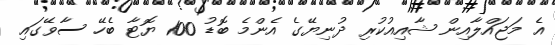
އެ މަޖައްލާއިން ޝާއިއުކުރި ދުނިޔޭގެ އެންމެ ބޮޑު 100 ޔޮޓާ ބެހޭ ސާވޭގައި